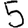
Digit: 5